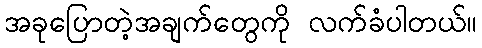
အခုပြောတဲ့အချက်တွေကို လက်ခံပါတယ်။